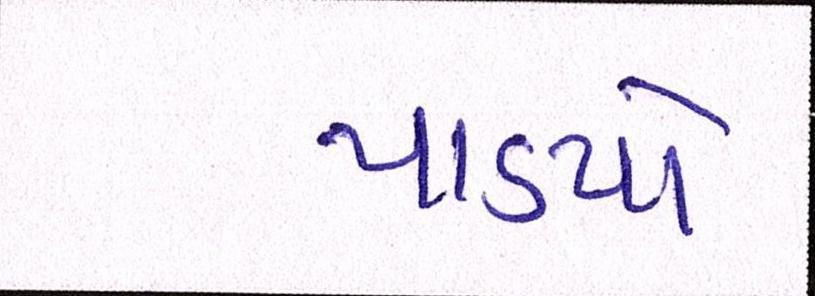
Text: પાડયો